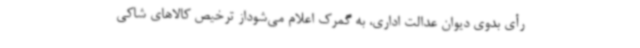
رأی بدوی دیوان عدالت اداری، به گمرک اعلام می‌شوداز ترخیص کالاهای شاکی